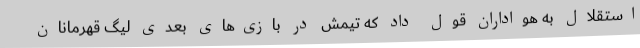
استقلال به هواداران قول داد که تیمش در بازی‌های بعدی لیگ قهرمانان